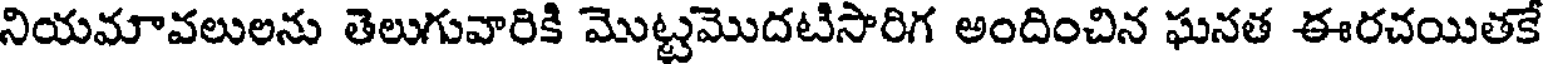
నియమావలులను తెలుగువారికి మొట్టమొదటిసారిగ అందించిన ఘనత ఈరచయితకే